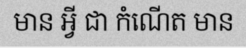
មាន អ្វី ជា កំណើត មាន